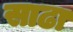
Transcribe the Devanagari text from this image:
साढा